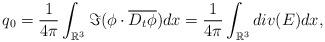
LaTeX: \begin{align*}q_0=\frac{1}{4\pi}\int_{\mathbb{R}^3}\Im(\phi\cdot \overline{D_t\phi})dx=\frac{1}{4\pi}\int_{\mathbb{R}^3}div (E)dx,\end{align*}